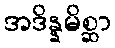
အဒိန္နမိစ္ဆာ